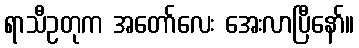
ရာသီဥတုက အတော်လေး အေးလာပြီနော်။